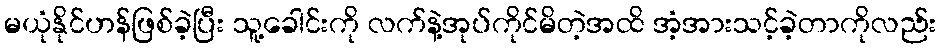
မယုံနိုင်ဟန်ဖြစ်ခဲ့ပြီး သူ့ခေါင်းကို လက်နဲ့အုပ်ကိုင်မိတဲ့အထိ အံ့အားသင့်ခဲ့တာကိုလည်း